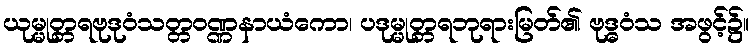
ယုမ္မုတ္တရဗုဒုဝံသတ္တဝဏ္ဏနာယံကော၊ ပဒုမ္မုတ္တရဘုရားမြတ်၏ ဗုဒ္ဓဝံသ အဖွင့်၌။